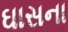
ઘાસના